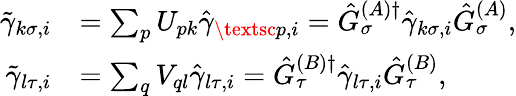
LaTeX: \begin{array}{rl}{\tilde{\gamma}_{k\sigma,i}}&{=\sum_{p}U_{pk}\hat{\gamma}_{\textsc{p},i}=\hat{G}_{\sigma}^{(A)\dagger}\hat{\gamma}_{k\sigma,i}\hat{G}_{\sigma}^{(A)},}\\ {\tilde{\gamma}_{l\tau,i}}&{=\sum_{q}V_{ql}\hat{\gamma}_{l\tau,i}=\hat{G}_{\tau}^{(B)\dagger}\hat{\gamma}_{l\tau,i}\hat{G}_{\tau}^{(B)},}\end{array}